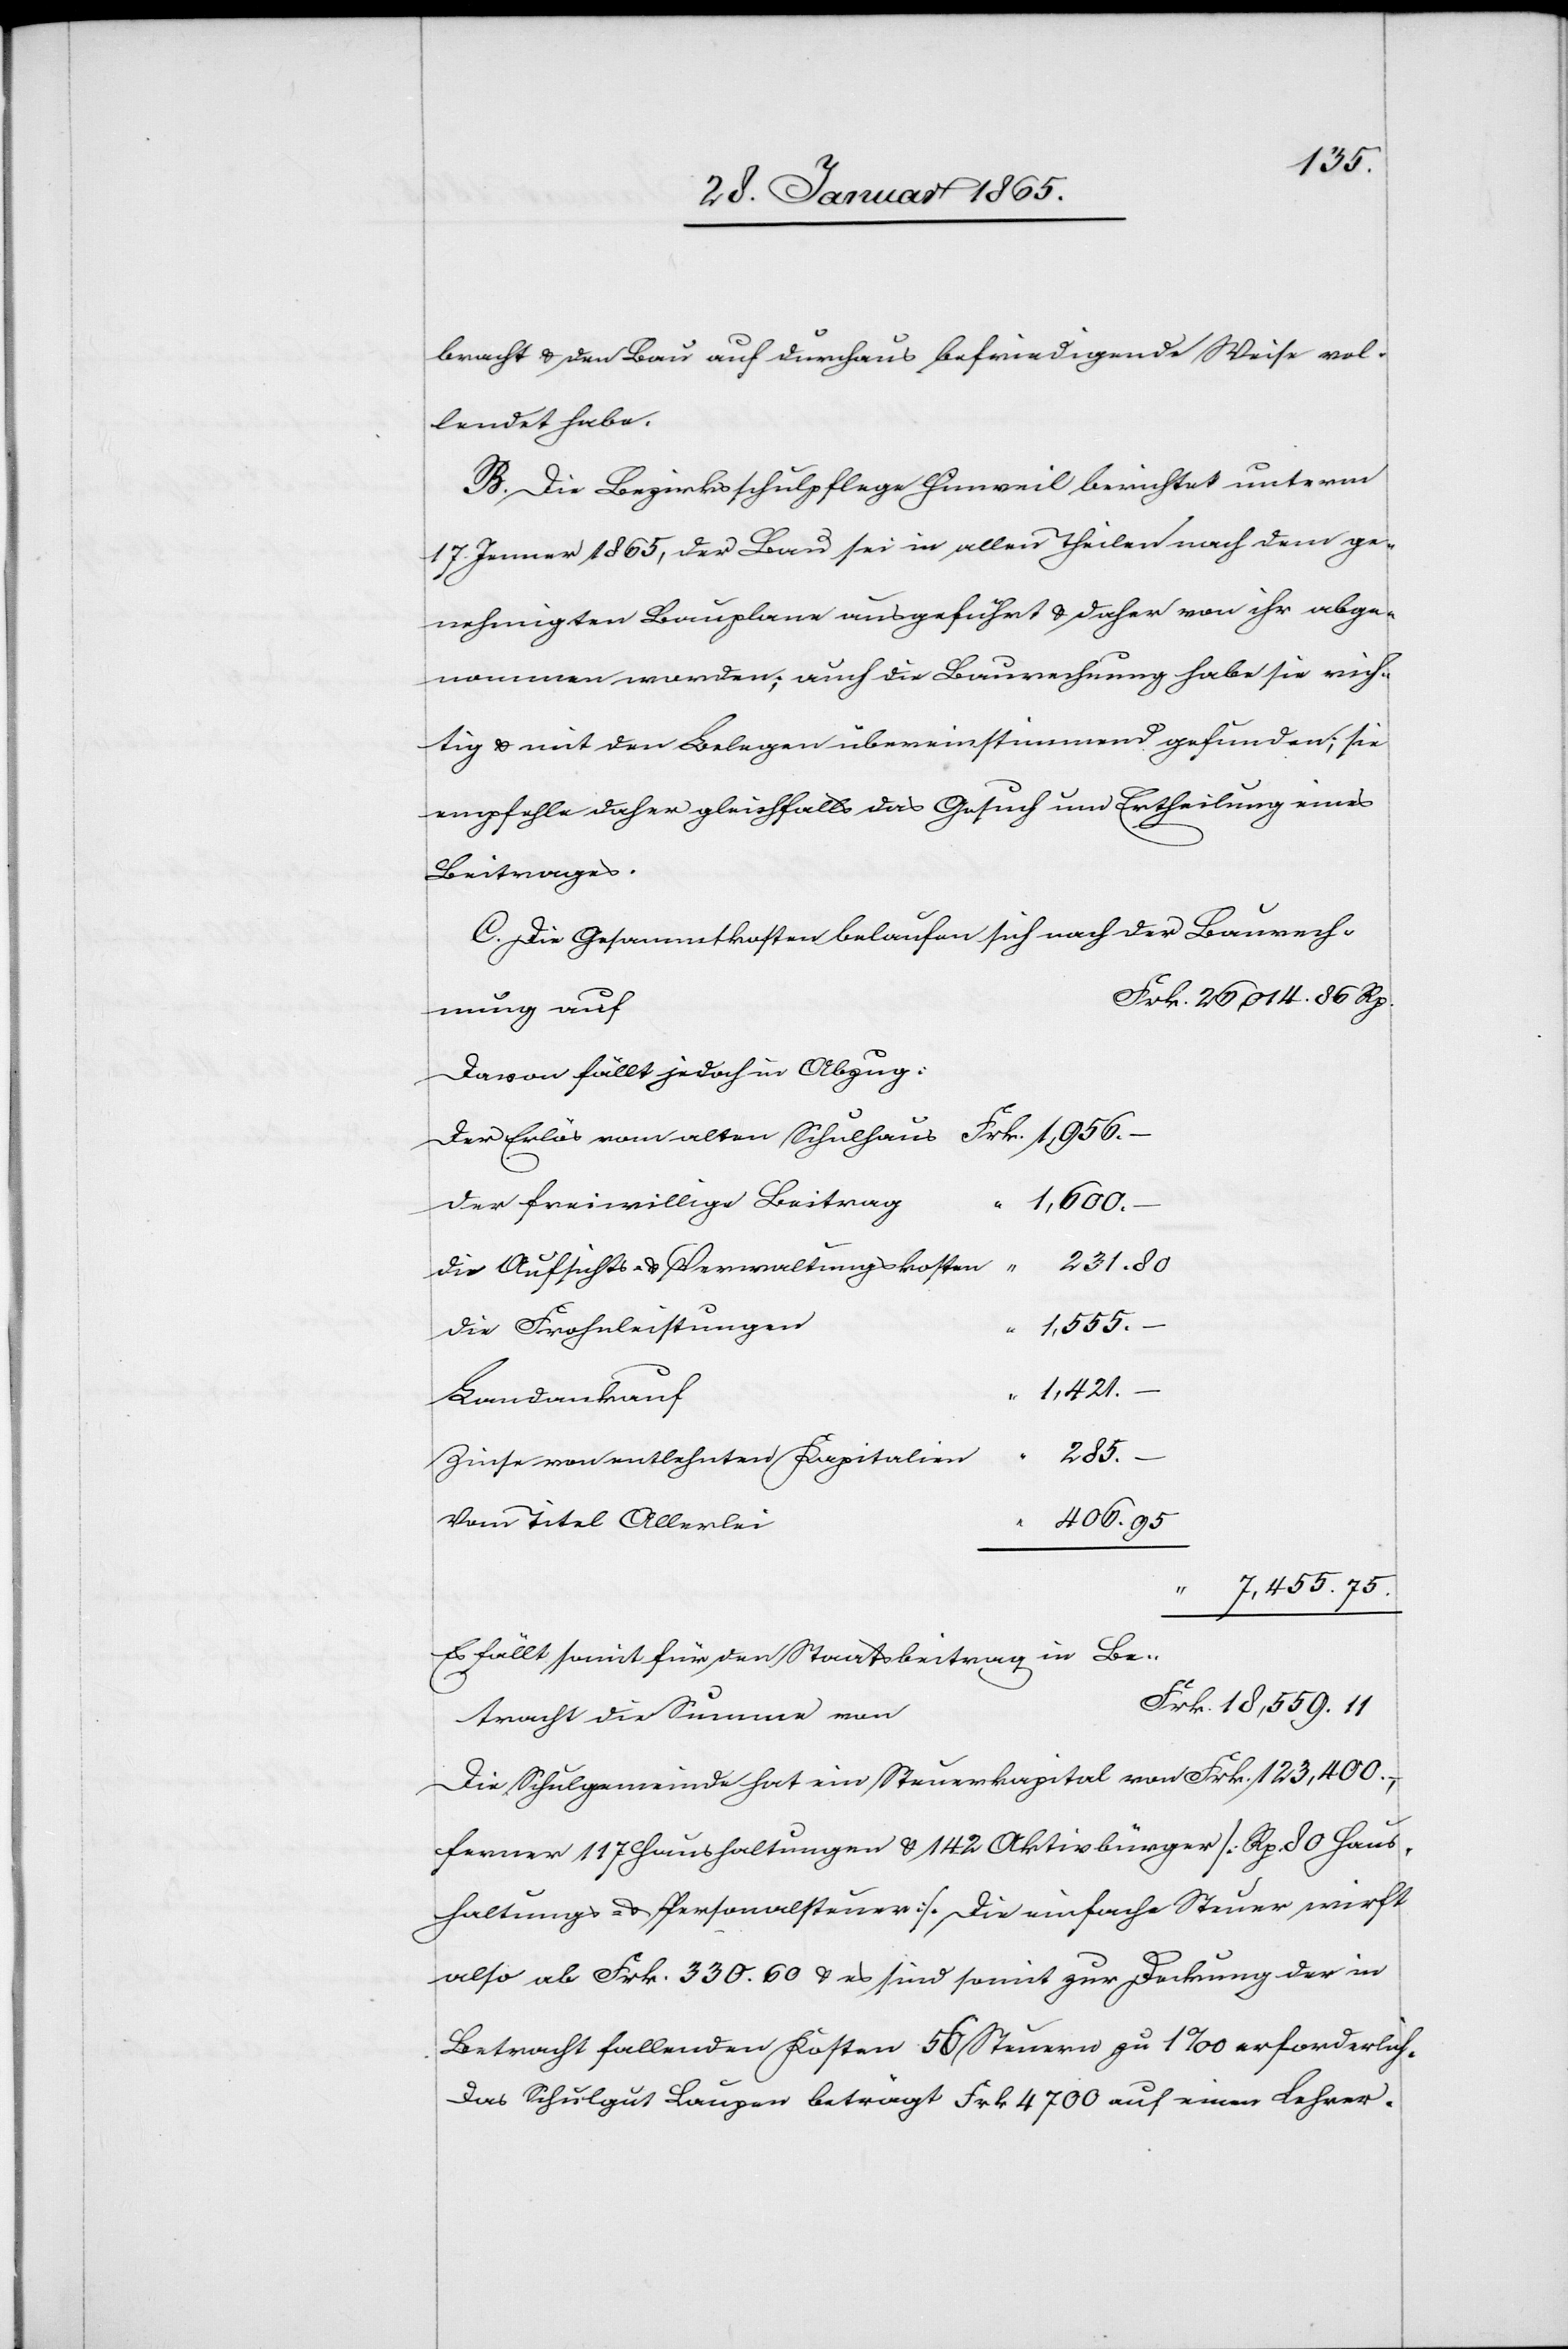
bracht u. den Bau auf durchaus befriedigende Weise vol¬
lendet habe.
B. Die Bezirksschulpflege Hinweil berichtet unterm
17. Jenner 1865, der Bau sei in allen Theilen nach dem ge¬
nehmigten Bauplane ausgeführt u. daher von ihr abge¬
nommen worden; auch die Baurechnung habe sie rich¬
tig u. mit den Belegen übereinstimmend gefunden; sie
empfehle daher gleichfalls das Gesuch um Ertheilung eines
Beitrages.
C. Die Gesammtkosten belaufen sich nach der Baurech¬
nung auf
Davon fällt jedoch in Abzug:
Der Erlös vom alten Schulhaus
Der freiwillige Beitrag
7,455.
75.
231.
Die Aufsichts- u. Verwaltungskosten
18,559.
Die Frohnleistungen
11.
Landankauf
285.
Zinse von entlehnten Kapitalien
Vom Titel Allerlei
Es fällt somit für den Staatsbeitrag in Be¬
tracht die Summe von
Die Schulgemeinde hat ein Steuerkapital von Frk. 123,400.,
ferner 117 Haushaltungen u. 142 Aktivbürger [Rp. 80 Haus¬
haltungs- u. Personalsteuer]. Die einfache Steuer wirft
also ab Frk. 330. 60 u. es sind somit zur Deckung der in
Betracht fallenden Kosten 56 Steuern zu 1 ‰ erforderlich.
Das Schulgut Laupen beträgt Frk 4700 auf einen Lehrer.